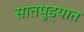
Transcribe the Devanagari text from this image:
सातपुड्यात